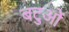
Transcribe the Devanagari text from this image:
बटुओं